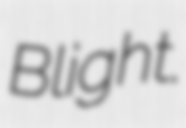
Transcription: Blight.